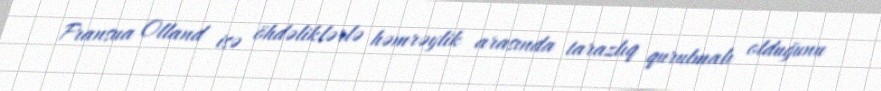
Fransua Olland isə öhdəliklərlə həmrəylik arasında tarazlıq qurulmalı olduğunu